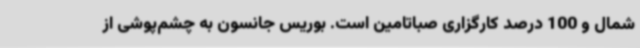
شمال و 100 درصد کارگزاری صباتامین است. بوریس جانسون به چشم‌پوشی از